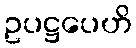
ဥပဋ္ဌပေဟိ